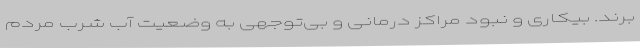
‌برند. بیکاری و نبود مراکز درمانی و بی‌توجهی به وضعیت آب شرب مردم